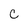
Character: C